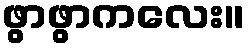
ဖွာဖွာကလေး။